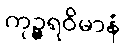
ကုဉ္ဇရဝိမာနံ